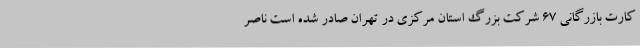
کارت بازرگانی 67 شرکت بزرگ استان مرکزی در تهران صادر شده است ناصر